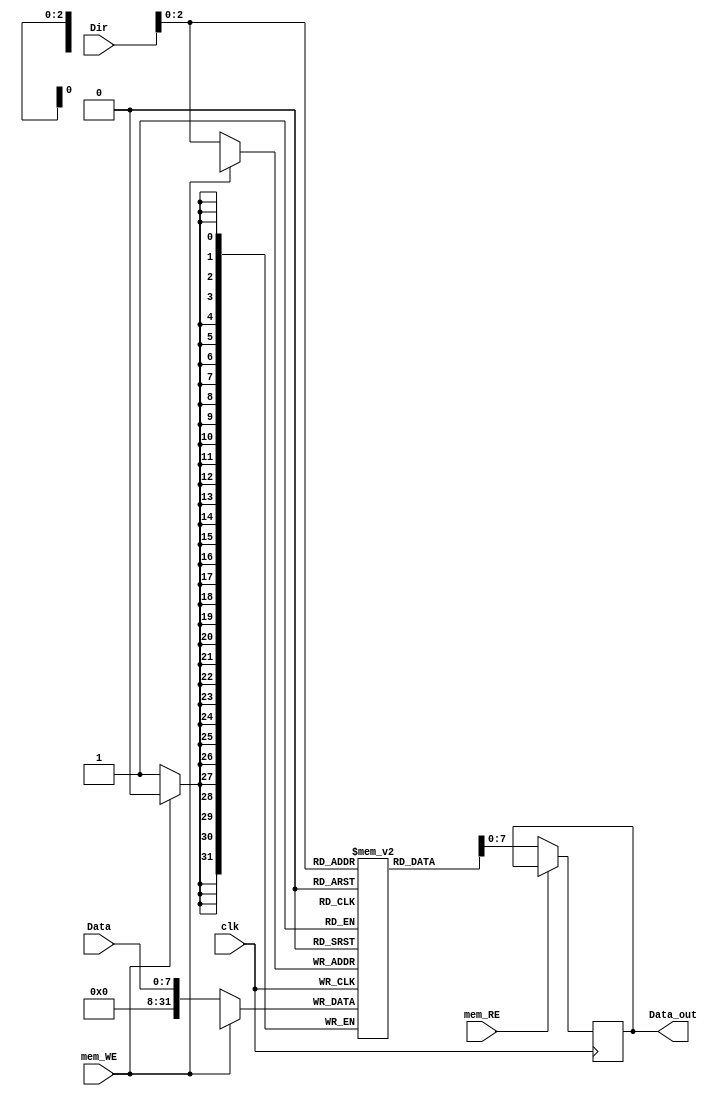
module DataMemory(input mem_WE,
						input mem_RE,
						input [7:0] Data,
						input [31:0] Dir,
						input clk,
						output [7:0] Data_out
						);

reg [31:0] data_memory [7:0]; //[wordsize:0] a [0:arraysize]
reg [7:0] reg_data_out;

always@(posedge clk)begin	//Read
	if(!mem_RE)begin
		reg_data_out = data_memory[Dir];
	end
end

always@(negedge clk)begin	//Write
	if(!mem_WE)begin
		data_memory[Dir] = Data;
	end
end


assign Data_out = reg_data_out;

endmodule